65_HS1-834228961_62-HQ-83894_Section_2
Agency: FBI
Page 156
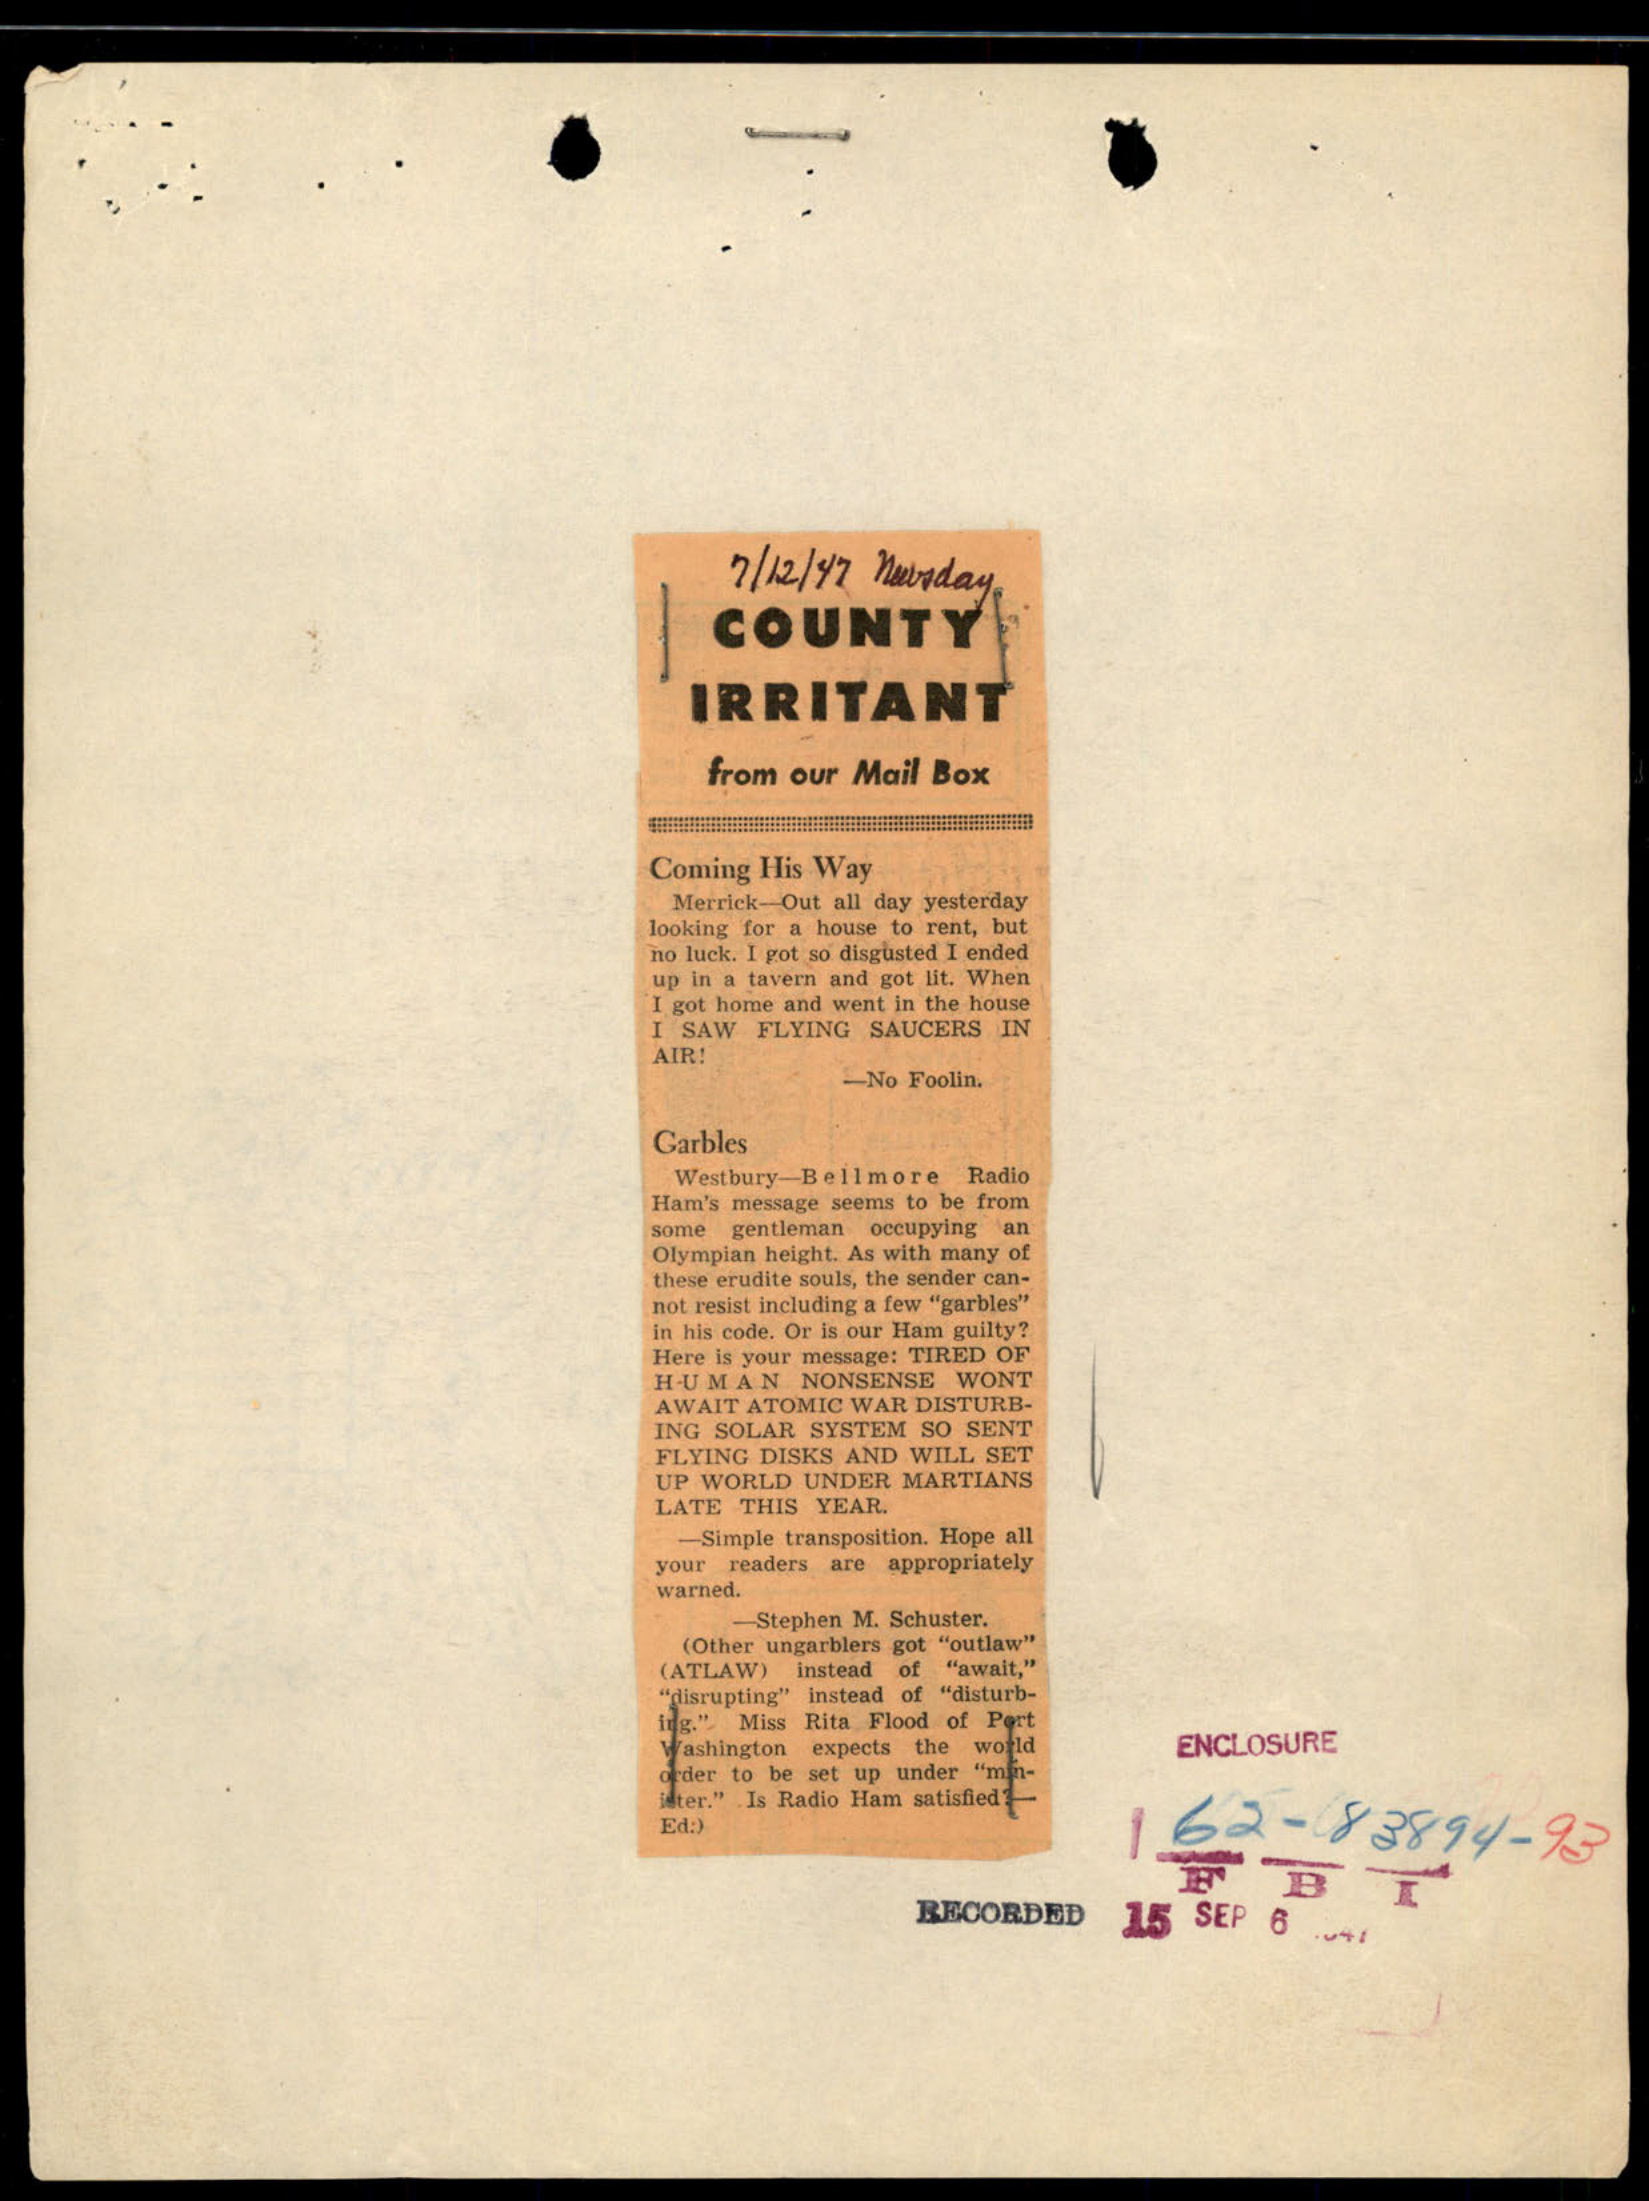